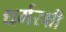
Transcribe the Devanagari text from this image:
धर्मरक्षी